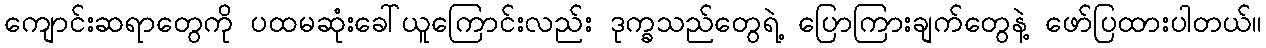
ကျောင်းဆရာတွေကို ပထမဆုံးခေါ်ယူကြောင်းလည်း ဒုက္ခသည်တွေရဲ့ ပြောကြားချက်တွေနဲ့ ဖော်ပြထားပါတယ်။